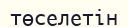
төселетін